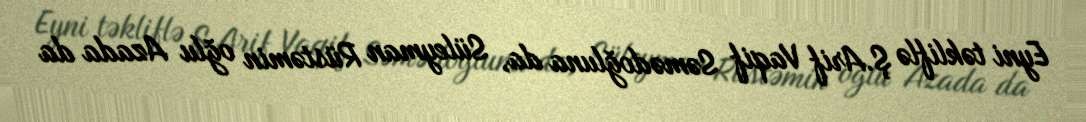
Eyni təkliflə Ş.Arif Vaqif Səmədoğluna da, Süleyman Rüstəmin oğlu Azada da